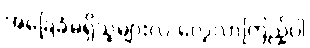
အခြေခံမရှိသူများလဲ လေ့လာကြည့်ပါ